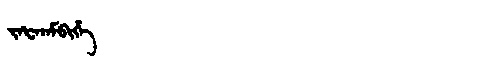
Manchu: ᠵᠠᡶᠠᠨᠠᠮᠪᡳᡥᡝ
Romanization: JAFANAMBIHE